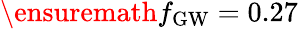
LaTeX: \ensuremath{f_{\mathrm{GW}}}=0.27